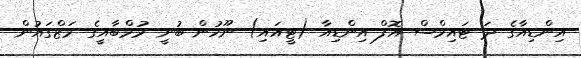
އިންޑިއާގެ ދަ ޓައިމްސް އޮފް އިންޑިއާ (ޓީއައި) ނޫހުން ބުނީ މުމްބާއީގެ މަޒްގައުން